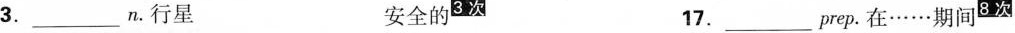
3.______n。行星 安全的^{3次 }17.______prep。在……期间^{8次}